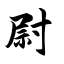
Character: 尉